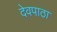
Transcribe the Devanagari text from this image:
देवपाठा